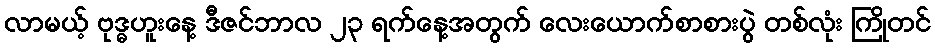
လာမယ့် ဗုဒ္ဓဟူးနေ့ ဒီဇင်ဘာလ ၂၃ ရက်နေ့အတွက် လေးယောက်စာစားပွဲ တစ်လုံး ကြိုတင်